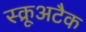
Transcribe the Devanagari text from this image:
स्क्रूअटैक